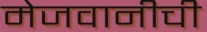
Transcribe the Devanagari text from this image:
मेजवानीची